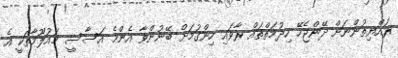
ރައްޔިތުންނަށް ދޭންޖެހޭ ހިދުމަތްތައް ރާވައި ހިންގުމަށް ބޭނުންވާ އެންމެ އަސާސީ މައުލޫމާތަކީ އެ